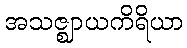
အသဇ္ဈာယကိရိယာ